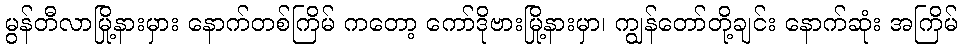
မွန်တီလာမြို့နားမှား နောက်တစ်ကြိမ် ကတော့ ကော်ဒိုဗားမြို့နားမှာ၊ ကျွန်တော်တို့ချင်း နောက်ဆုံး အကြိမ်